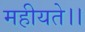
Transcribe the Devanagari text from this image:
महीयते।।